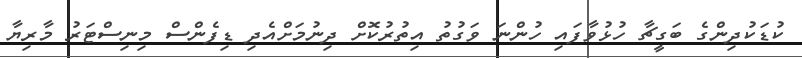
ކުޑަކުދިންގެ ބަގީޗާ ހުޅުވާފައި ހުންނަ ވަގުތު އިތުރުކޮށް ދިނުމަށްއެދި ޑިފެންސް މިނިސްޓަރު މާރިޔާ